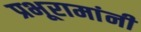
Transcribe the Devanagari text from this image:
प्रभूरामांनी